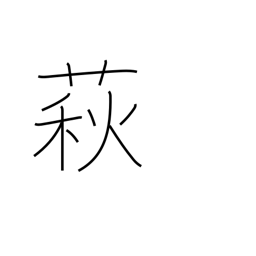
Meaning: bush clover